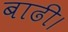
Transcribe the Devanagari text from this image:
बाढी।